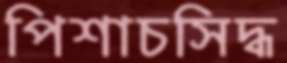
পিশাচসিদ্ধ